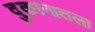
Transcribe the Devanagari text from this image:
दुकानातला